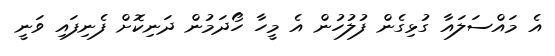
އެ މައްސަލައާ ގުޅިގެން ފުލުހުން އެ މީހާ ހޯދަމުން ދަނިކޮށް ފެނިފައި ވަނީ